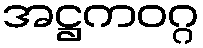
အဋ္ဌကဝဂ္ဂ